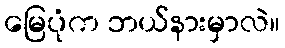
မြေပုံက ဘယ်နားမှာလဲ။